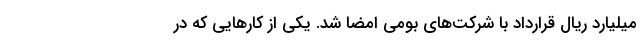
میلیارد ریال قرارداد با شرکت‌های بومی امضا شد. یکی از کارهایی که در